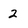
Character: 2